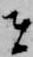
者